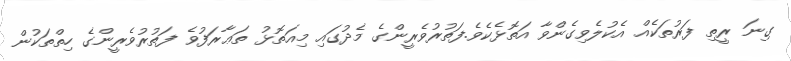
ގިނަ ރީތި ފަރުތަކެއް އެކުލެވިގެންވާ އަތޮޅެކެވެ.ފަތުރުވެރީންގެ މެދުގައި މިއަތޮޅު ތަޢާރަފުވެ ފަތުރުވެރީންގެ ހިތްތަކުން